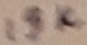
Text: 15K